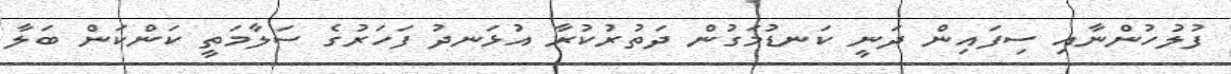
ފުލުހުންނާއި ސިފައިން ދަނީ ކަނޑުމަގުން ދަތުރުކުރާ އުޅަނދު ފަހަރުގެ ސަލާމަތީ ކަންކަން ބަލާ